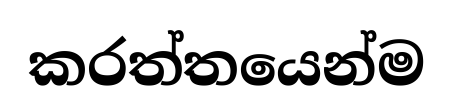
කරත්තයෙන්ම